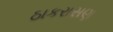
ઠાકરાસણ